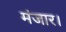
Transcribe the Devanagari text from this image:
मंजार।